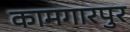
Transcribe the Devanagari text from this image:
कामगारपुर